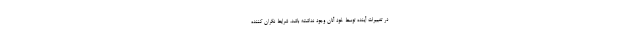
در تغییرات آینده توسط خود آنان وجود نداشته باشد، شرایط نگران کننده